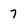
Character: 7